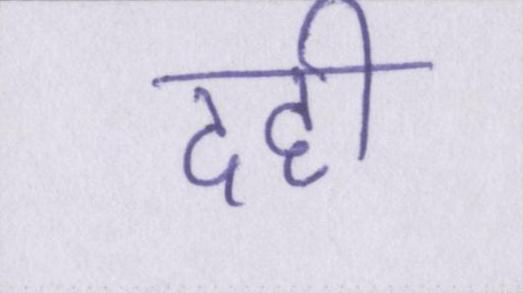
दही